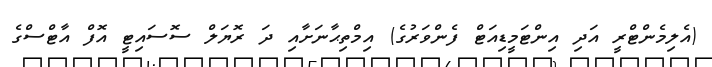
(އެލިމެންޓްރީ އަދި އިންޓަމީޑިއަޓް ފެންވަރުގެ) އިމްތިޙާނަށާއި ދަ ރޮޔަލް ސޮސައިޓީ އޮފް އާޓްސްގެ